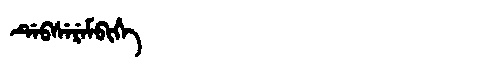
Manchu: ᡩᡝᠪᠰᡝᡵᡝᠮᠪᡳᡥᡝ
Romanization: DEBSEREMBIHE